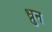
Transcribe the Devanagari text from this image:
ध्रुन